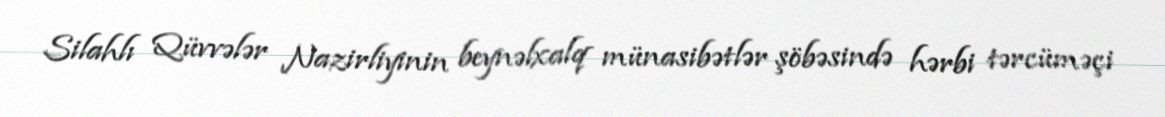
Silahlı Qüvvələr Nazirliyinin beynəlxalq münasibətlər şöbəsində hərbi tərcüməçi